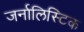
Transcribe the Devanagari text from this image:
जर्नालिस्टिक